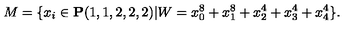
M = \{ x _ { i } \in { \bf P } ( 1 , 1 , 2 , 2 , 2 ) | W = x _ { 0 } ^ { 8 } + x _ { 1 } ^ { 8 } + x _ { 2 } ^ { 4 } + x _ { 3 } ^ { 4 } + x _ { 4 } ^ { 4 } \} .